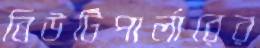
বিউটিপার্লারের